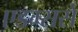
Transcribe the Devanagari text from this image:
एडम्ससे